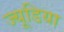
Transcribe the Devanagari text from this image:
ज्यूडिया